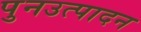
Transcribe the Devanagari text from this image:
पुनउत्पादन